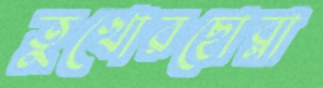
তুখোরছোব্‌লা